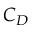
C _ { D }